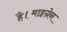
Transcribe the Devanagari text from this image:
है।माइग्रेन